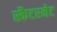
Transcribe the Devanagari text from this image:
स्कैटरनेट